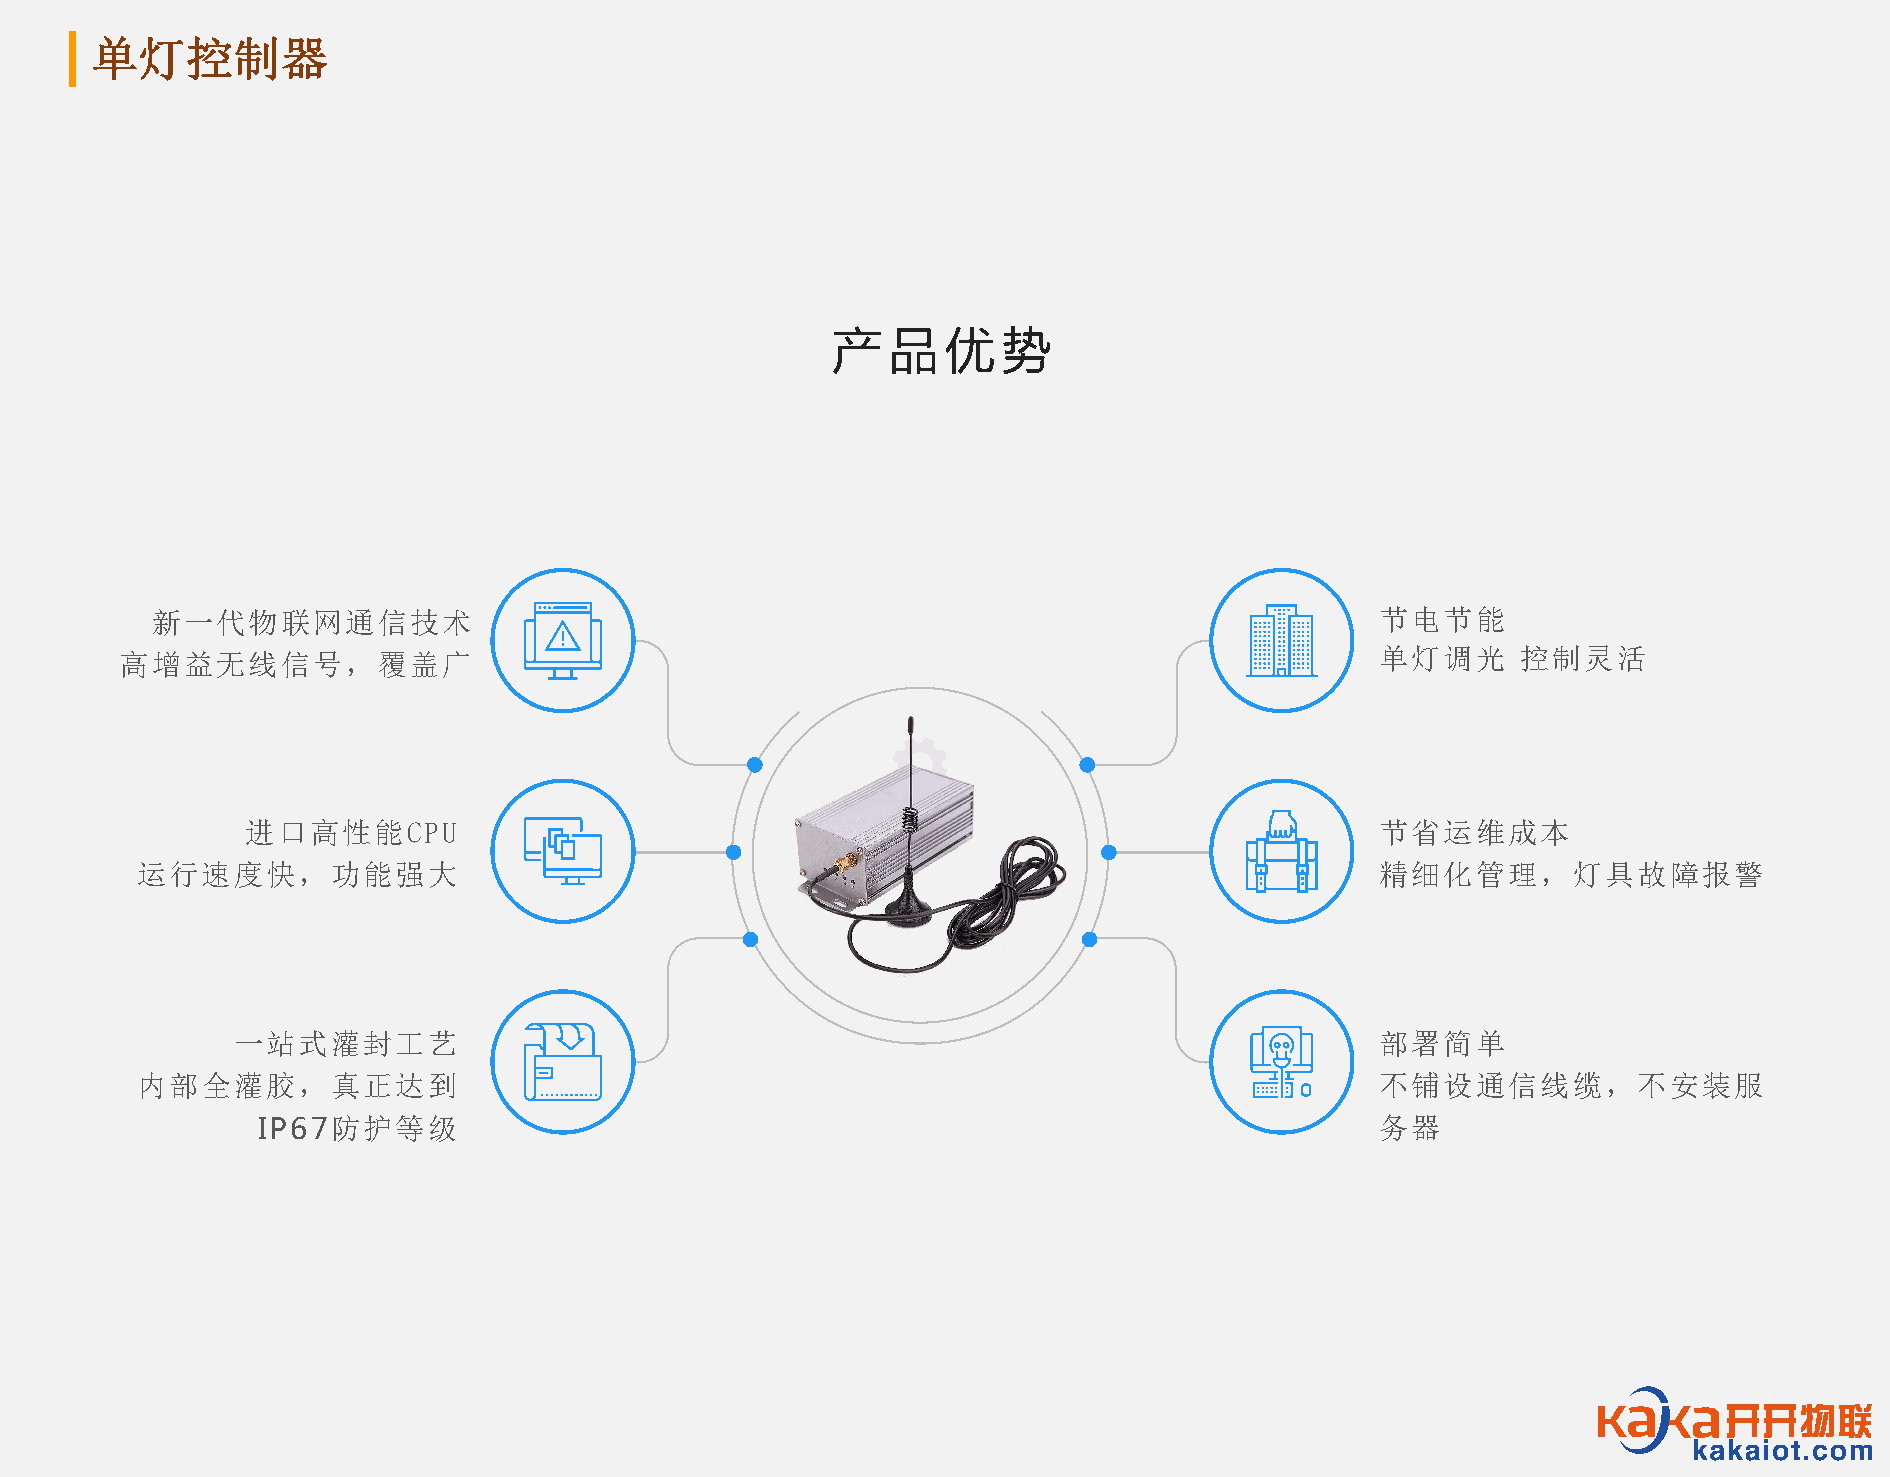
单灯控制器
 产品优势
 新一代物联网通信技术                                                                       节电节能
 高增益无线信号，覆盖广                                                                        单灯调光      控制灵活
 进口高性能CPU                                                                   节省运维成本
 运行速度快，功能强大                                                                        精细化管理，灯具故障报警
 一站式灌封工艺                                                                     部署简单
 内部全灌胶，真正达到                                                                        不铺设通信线缆，不安装服
 IP67防护等级                                                                  务器